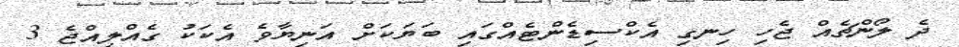
ދެ ލޯންޗެއް ޖެހި ހިނގި އެކްސިޑެންޓެއްގައި ބަޔަކަށް އަނިޔާވެ އެކަކު ގެއްލިއްޖެ 3